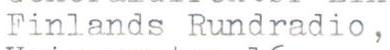
Finlands Rundradio,